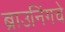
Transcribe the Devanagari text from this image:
ब्राउनिंगचे